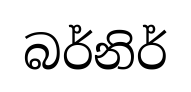
බර්නිර්